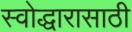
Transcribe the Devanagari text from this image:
स्वोद्धारासाठी